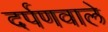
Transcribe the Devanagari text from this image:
दर्पणवाले